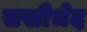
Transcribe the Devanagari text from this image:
सखीभेद